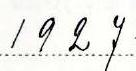
1927